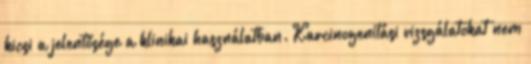
kicsi a jelentősége a klinikai használatban. Karcinogenitási vizsgálatokat nem